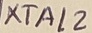
Text: XTAL2